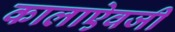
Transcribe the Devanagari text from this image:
कालाऐवजी